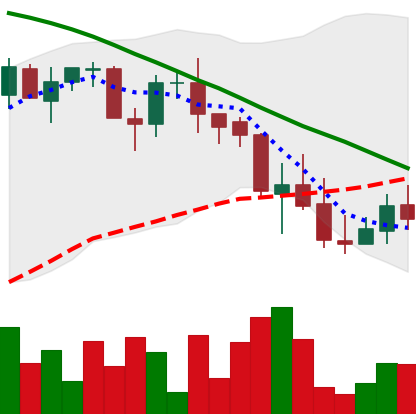
Ticker: LINK-USD
Chart end date: 2018-09-12
Forward return: 6.006%
Label: up_5_7